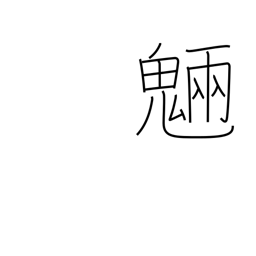
Meaning: spirits of trees and rocks